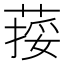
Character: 𦵭